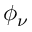
\phi _ { \nu }